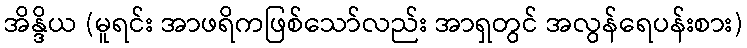
အိန္ဒိယ (မူရင်း အာဖရိကဖြစ်သော်လည်း အာရှတွင် အလွန်ရေပန်းစား)